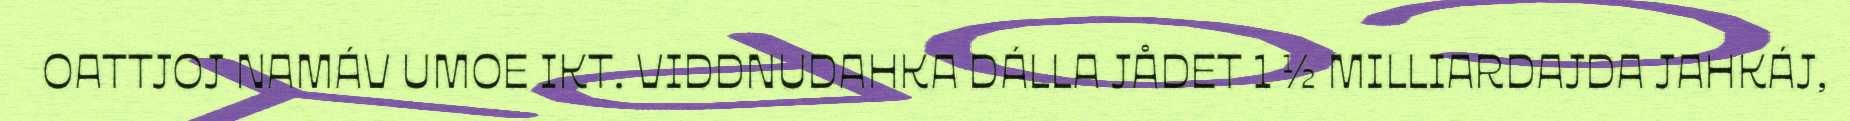
OATTJOJ NAMÁV UMOE IKT. VIDDNUDAHKA DÁLLA JÅDET 1 ½ MILLIARDAJDA JAHKÁJ,